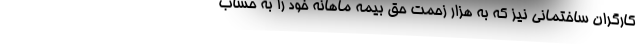
کارگران ساختمانی نیز که به هزار زحمت حق بیمه ماهانه خود را به حساب